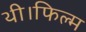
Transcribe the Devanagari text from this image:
थी।फिल्म